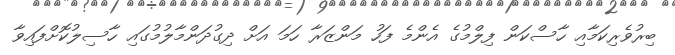
ބިރުވެރިކަމާއި ހާސްކަން ފިލްމުގެ އެންމެ ފަހު މަންޒަރާ ހަމަ އަށް ދިގުދަންމާލުމުގައި ހާސިލުކޮށްފައިވާ